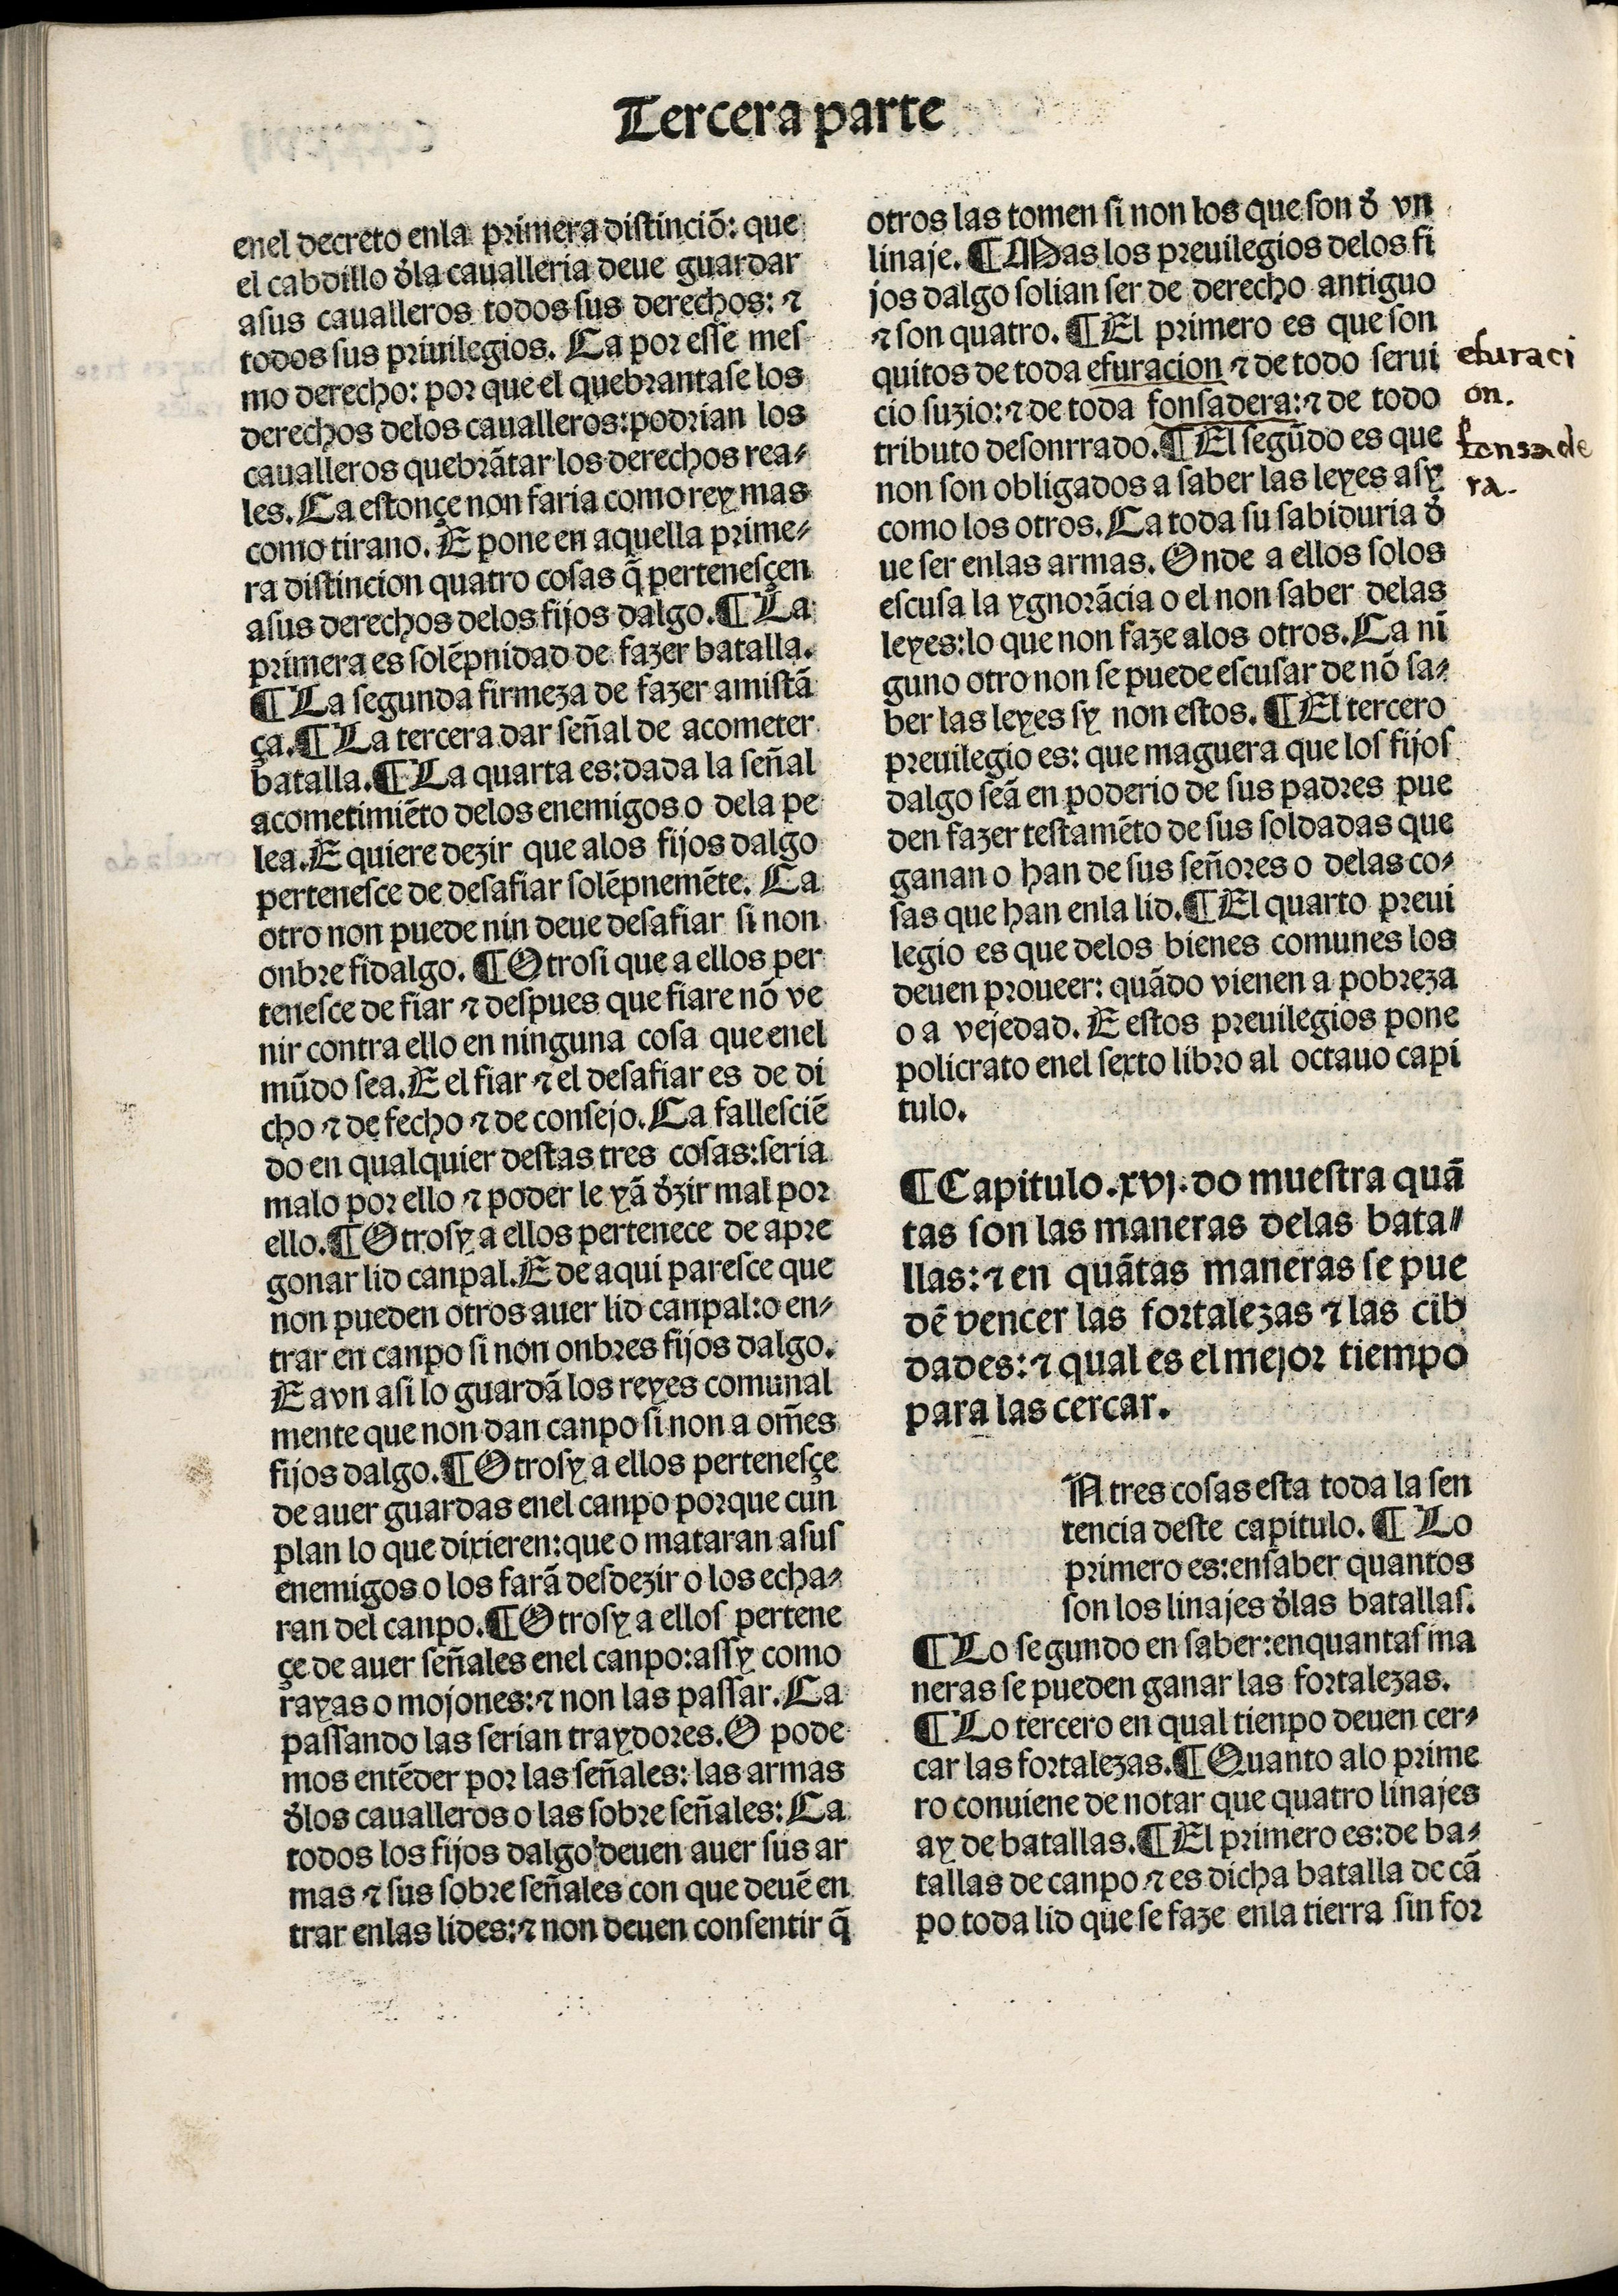
Shelfmark: Madrid, BNE, Inc. 901
Century: 15